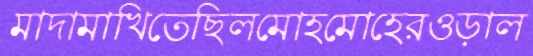
মাদামাখিতেছিলমোহমোহেরওড়াল